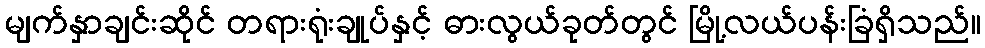
မျက်နှာချင်းဆိုင် တရားရုံးချုပ်နှင့် ဓားလွယ်ခုတ်တွင် မြို့လယ်ပန်းခြံရှိသည်။